65_HS1-834228961_62-HQ-83894_Section_10
Agency: FBI
Page 28
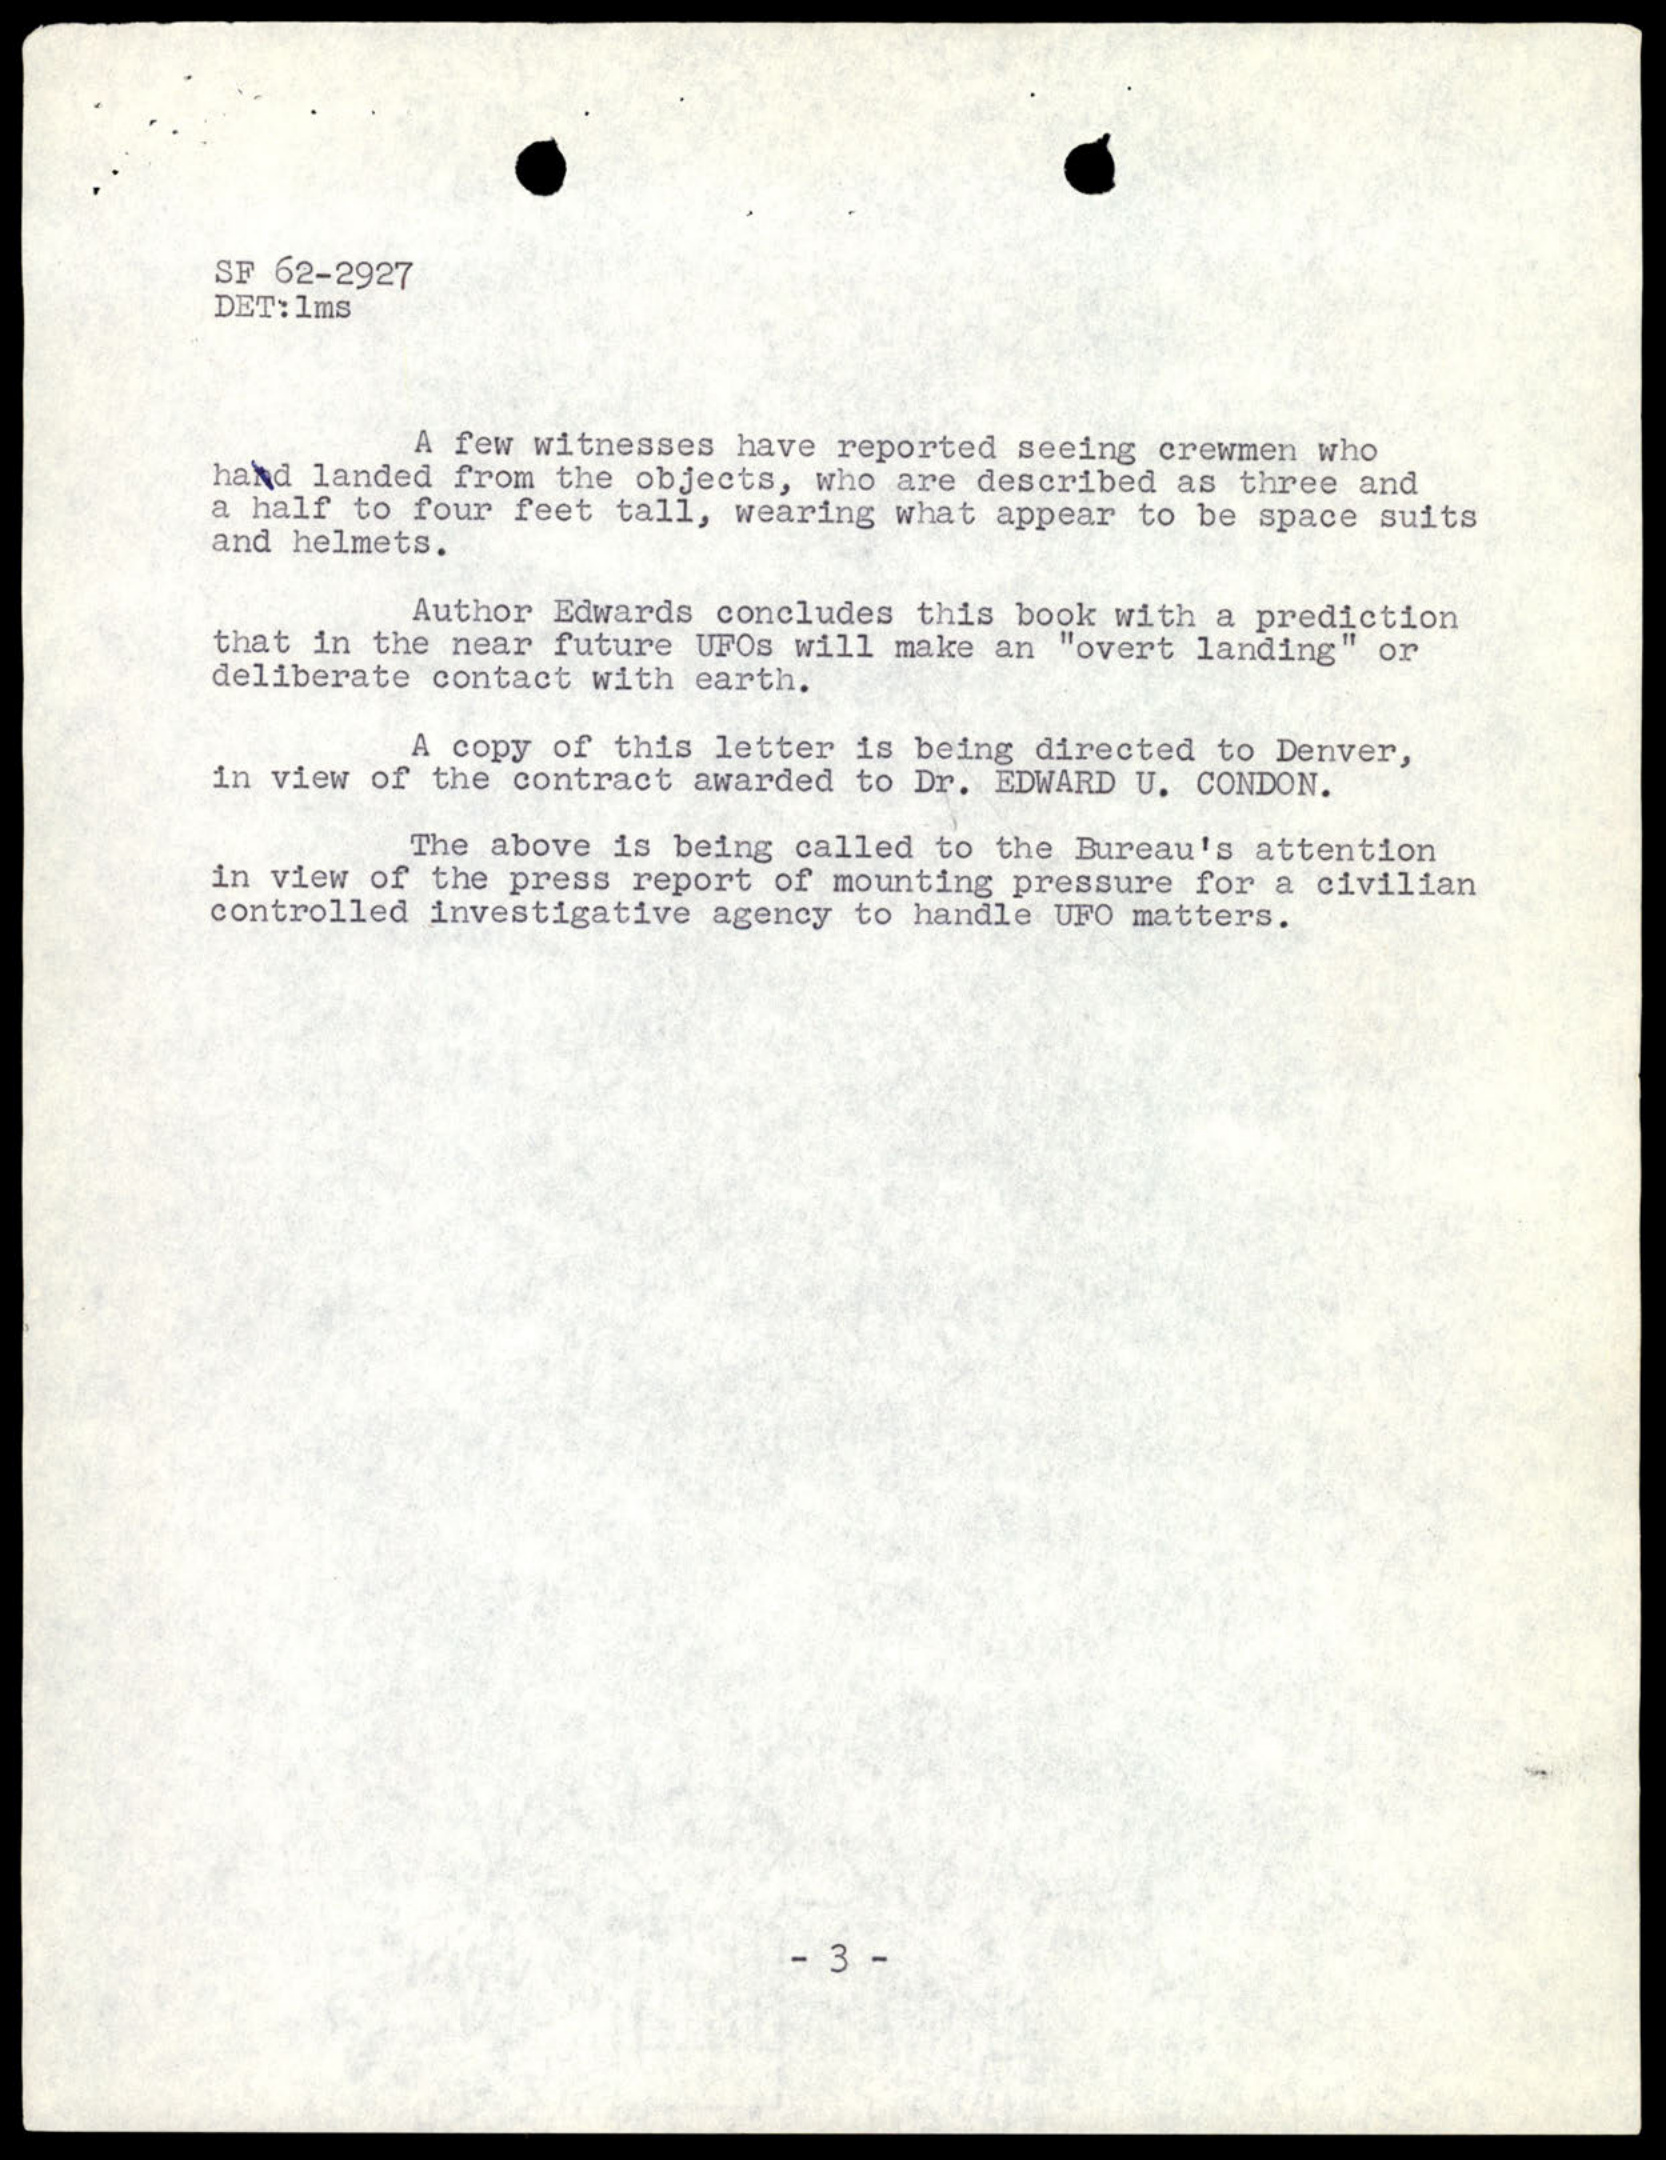